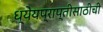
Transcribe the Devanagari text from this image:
ध्येयप्राप्तीसाठीची